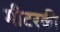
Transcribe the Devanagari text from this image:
मीटरकी